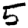
Digit: 5